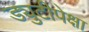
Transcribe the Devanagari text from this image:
ड्युटीपेक्षा